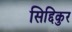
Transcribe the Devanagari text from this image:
सिद्दिकुर